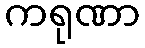
ကရုဏာ